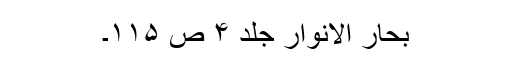
بحار الانوار جلد ۴ ص ۱۱۵۔